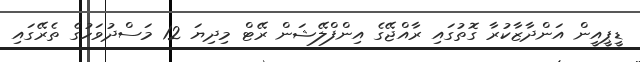
ޑީޕީއީން އަންދާޒާކުރާ ގޮތުގައި ރާއްޖޭގެ އިންފްލޭޝަން ރޭޓް މިދިޔަ 12 މަސްދުވަހުގެ ތެރޭގައި